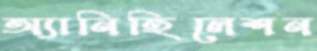
অ্যানিহিলেশন